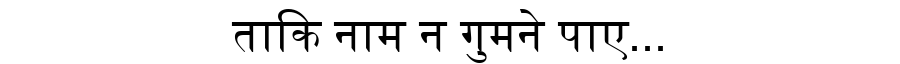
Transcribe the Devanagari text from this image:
ताकि नाम न गुमने पाए...